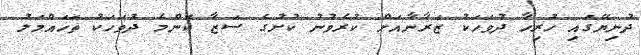
ދުނިޔޭގައި ހުރިހާ ދުވަހަކު ޒަރާނާއަށް ކުރެވުނު ކުށުގެ ސަޒާ ކޮންމެ ދުވަހަކު ތަހައްމަލު